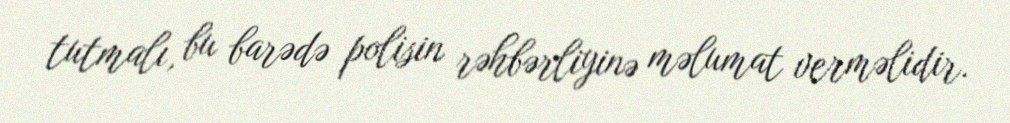
tutmalı, bu barədə polisin rəhbərliyinə məlumat verməlidir.